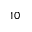
1 0